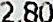
2.80